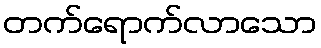
တက်ရောက်လာသော